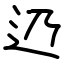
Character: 辸